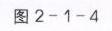
图2 - 1 - 4